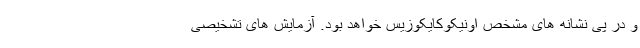
و در پی نشانه های مشخص اونیکوکایکوزیس خواهد بود. آزمایش های تشخیصی